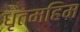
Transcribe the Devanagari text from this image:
धृतमहिम